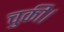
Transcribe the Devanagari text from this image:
चुकी।